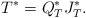
LaTeX: \begin{align*} T^*=Q_T^{*}J_T^*.\end{align*}